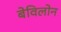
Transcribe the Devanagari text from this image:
बेविलोन